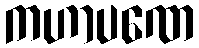
ကဟာပဏေ